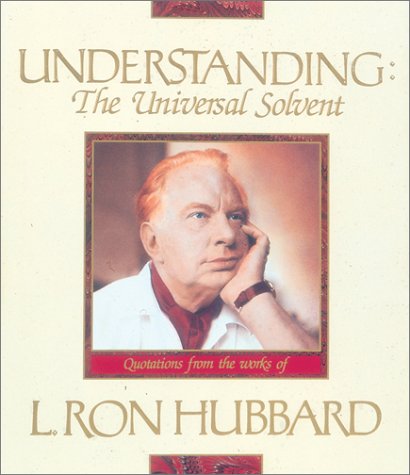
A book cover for Understanding: The Universal Solvent; L. Ron Hubbard; Religion & Spirituality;